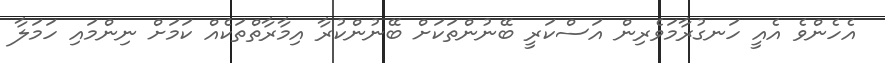
އެހެންވެ އެއީ ހަނގުރާމަވެރިން އަސްކަރީ ބޭނުންތަކަށް ބޭނުންކުރާ އިމާރާތްތަކެއް ކަމަށް ނިންމައި ހަމަލާ